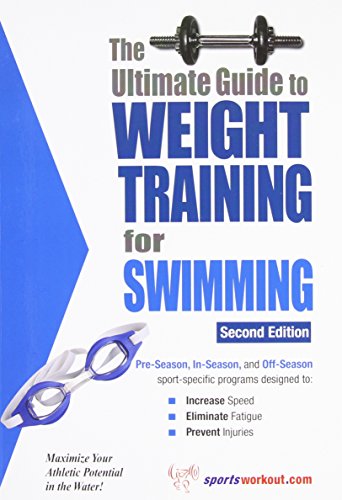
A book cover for The Ultimate Guide To Weight Training For Swimming; Rob Price; Health, Fitness & Dieting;